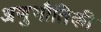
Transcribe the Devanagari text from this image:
अणुभौतिकी